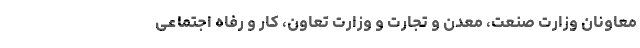
معاونان وزارت صنعت، معدن و تجارت و وزارت تعاون، کار و رفاه اجتماعی